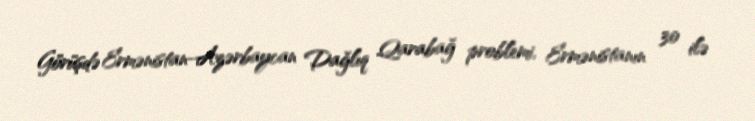
Görüşdə Ermənistan-Azərbaycan Dağlıq Qarabağ problemi, Ermənistanın 30 ilə